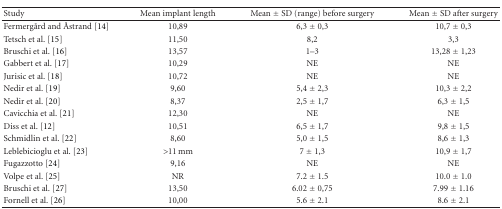
| Study | Mean implant length | Mean ± SD (range) before surgery | Mean ± SD after surgery |
 | --- | --- | --- | --- |
 | Fermergård and Åstrand [14] | 10,89 | 6,3 ± 0,3 | 10,7 ± 0,3 |
 | Tetsch et al. [15] | 11,50 | 8,2 | 3,3 |
 | Bruschi et al. [16] | 13,57 | 1–3 | 13,28 ± 1,23 |
 | Gabbert et al. [17] | 10,29 | NE | NE |
 | Jurisic et al. [18] | 10,72 | NE | NE |
 | Nedir et al. [19] | 9,60 | 5,4 ± 2,3 | 10,3 ± 2,2 |
 | Nedir et al. [20] | 8,37 | 2,5 ± 1,7 | 6,3 ± 1,5 |
 | Cavicchia et al. [21] | 12,30 | NE | NE |
 | Diss et al. [12] | 10,51 | 6,5 ± 1,7 | 9,8 ± 1,5 |
 | Schmidlin et al. [22] | 8,60 | 5,0 ± 1,5 | 8,6 ± 1,3 |
 | Leblebicioglu et al. [23] | >11 mm | 7 ± 1,3 | 10,9 ± 1,7 |
 | Fugazzotto [24] | 9,16 | NE | NE |
 | Volpe et al. [25] | NR | 7.2 ± 1.5 | 10.0 ± 1.0 |
 | Bruschi et al. [27] | 13,50 | 6.02 ± 0,75 | 7.99 ± 1.16 |
 | Fornell et al. [26] | 10,00 | 5.6 ± 2.1 | 8.6 ± 2.1 |